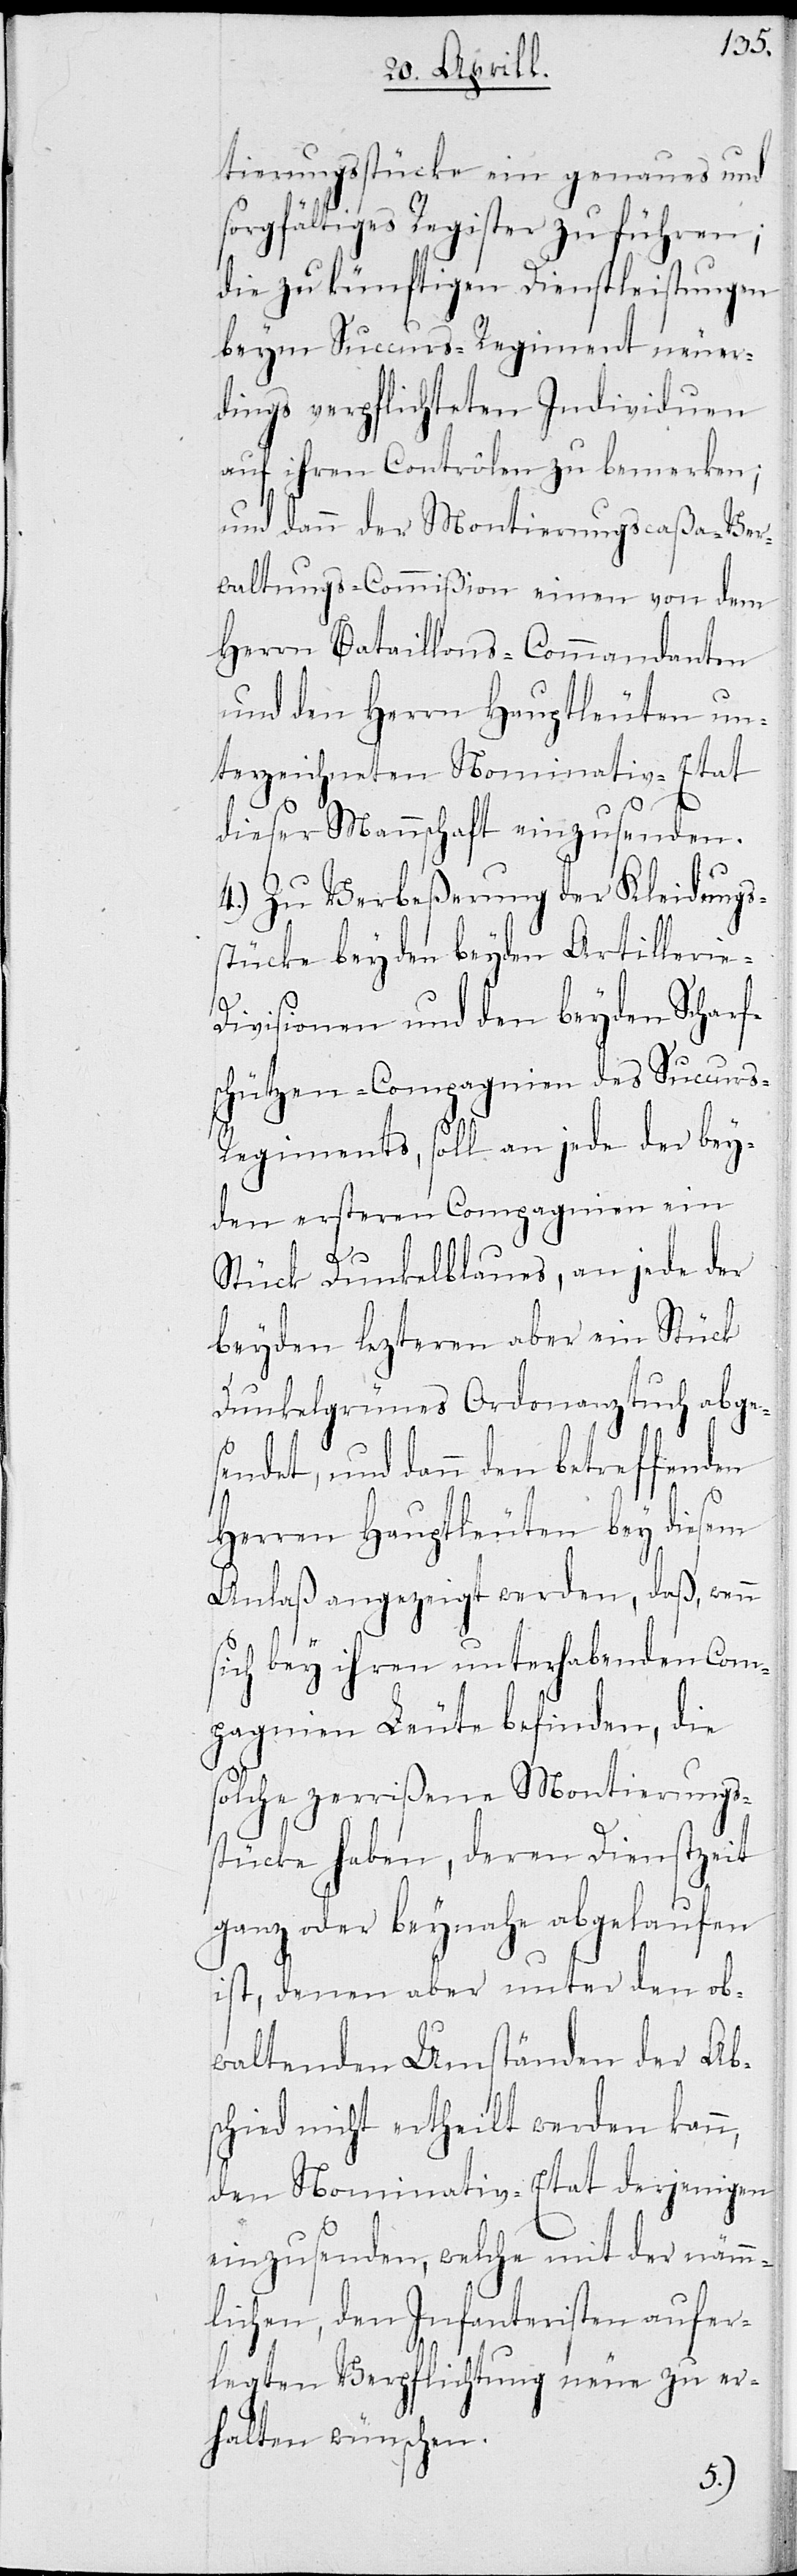
tierungsstücke ein genaues und
sorgfältiges Register zu führen;
die zu künftigen Dienstleistungen
beym Succurs-Regiment neuer¬
dings verpflichteten Individuen
auf ihren Controlen zu bemerken;
und dann der Montierungscaßa-Ver¬
waltungs-Commißion einen von dem
Herrn Bataillons-Commandanten
und den Herrn Hauptleuten un¬
terzeichneten Nominativ-Etat
dieser Mannschaft einzusenden.
4.) Zu Verbeßerung der Kleidungs¬
stücke bey den beyden Artilleri¬
ivisionen und den beyden Scharf¬
schützen-Compagnien des Succurs-R¬
egiments, soll an jede der bey¬
den ersteren Compganien ein
e-D¬
Stück Dunkelblaues, an jede der
beyden lezteren aber ein Stück
Dunkelgrünes Ordonanztuch abges¬
endet, und dann den betreffenden
Herren Hauptleute bey diesem
Anlaß angezeigt werden, daß, wenn
sich bey ihren unterhabenden Com¬
pagnien Leute befinde, die
solche zerrißene Montierungs¬
stücke haben, deren Dienstzeit
ganz oder beynahe abgelaufen
ist, denen aber unter den ob¬
waltenden Umständen der Ab¬
schied nicht ertheilt werden kann,
den Nominativ-Etat derjenigen
einzusenden, welche mit der nämm¬
lichen, den Infanteristen aufer¬
legten Verpflichtung neue zu er¬
halten wünschen.